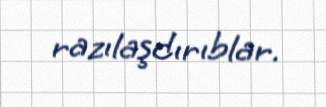
razılaşdırıblar.